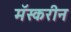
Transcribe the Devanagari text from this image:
मॅस्करीन